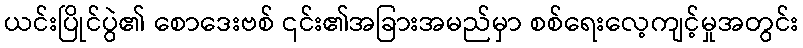
ယင်းပြိုင်ပွဲ၏ စောဒေးဗစ် ၎င်း၏အခြားအမည်မှာ စစ်ရေးလေ့ကျင့်မှုအတွင်း